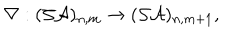
\nabla : ( { \cal S A } ) _ { n , m } \rightarrow ( { \cal S A } ) _ { n , m + 1 } ,